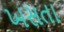
ખસતા